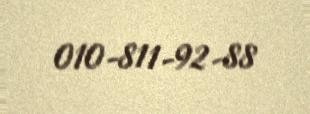
010-811-92-88